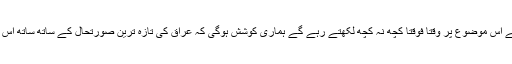
ہم جس قدر ممکن ہو اور جس قدر بیان کیا جانا چاہیے اس موضوع پر وقتا فوقتا کچھ نہ کچھ لکھتے رہے گے ہماری کوشش ہوگی کہ عراق کی تازہ ترین صورتحال کے ساتھ ساتھ اس موضوع پر تجزیات اور تبصرے پیش کرتے رہیں ۔